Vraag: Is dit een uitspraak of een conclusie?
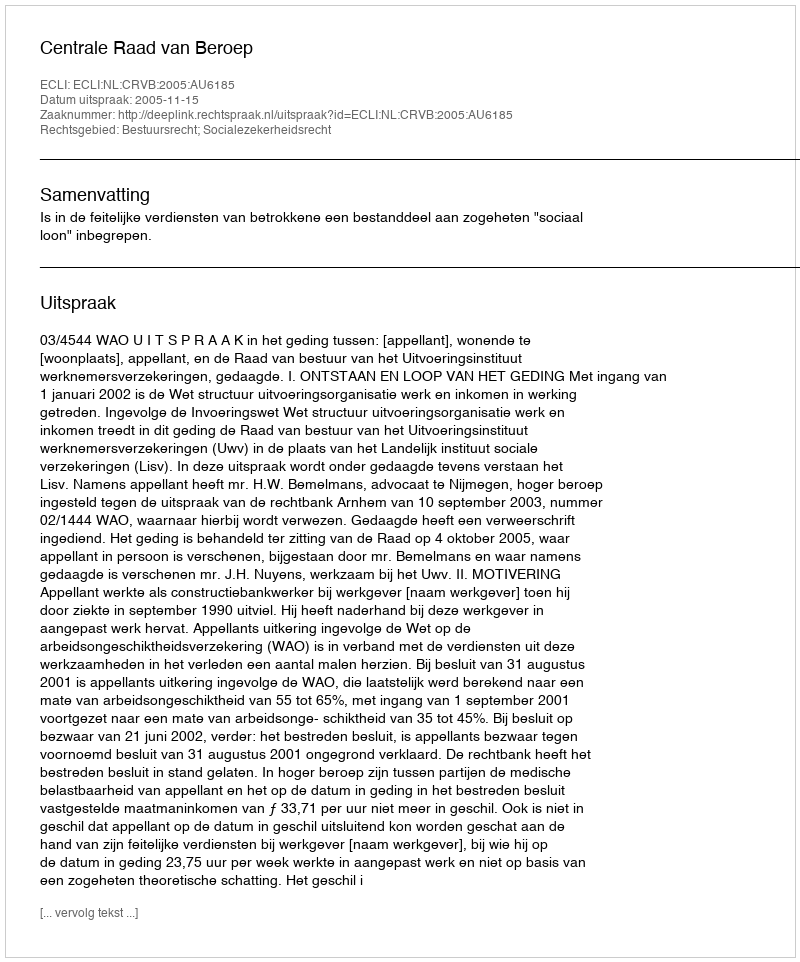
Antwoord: Uitspraak